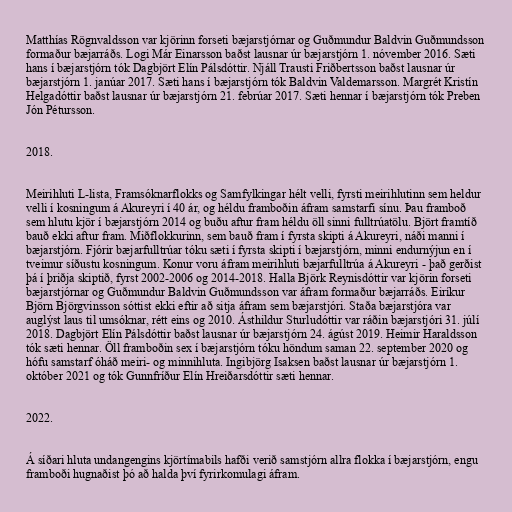
Matthías Rögnvaldsson var kjörinn forseti bæjarstjórnar og Guðmundur Baldvin Guðmundsson
formaður bæjarráðs. Logi Már Einarsson baðst lausnar úr bæjarstjórn 1. nóvember 2016. Sæti
hans í bæjarstjórn tók Dagbjört Elín Pálsdóttir. Njáll Trausti Friðbertsson baðst lausnar úr
bæjarstjórn 1. janúar 2017. Sæti hans í bæjarstjórn tók Baldvin Valdemarsson. Margrét Kristín
Helgadóttir baðst lausnar úr bæjarstjórn 21. febrúar 2017. Sæti hennar í bæjarstjórn tók Preben
Jón Pétursson.

2018.

Meirihluti L-lista, Framsóknarflokks og Samfylkingar hélt velli, fyrsti meirihlutinn sem heldur
velli í kosningum á Akureyri í 40 ár, og héldu framboðin áfram samstarfi sínu. Þau framboð
sem hlutu kjör í bæjarstjórn 2014 og buðu aftur fram héldu öll sinni fulltrúatölu. Björt framtíð
bauð ekki aftur fram. Miðflokkurinn, sem bauð fram í fyrsta skipti á Akureyri, náði manni í
bæjarstjórn. Fjórir bæjarfulltrúar tóku sæti í fyrsta skipti í bæjarstjórn, minni endurnýjun en í
tveimur síðustu kosningum. Konur voru áfram meirihluti bæjarfulltrúa á Akureyri - það gerðist
þá í þriðja skiptið, fyrst 2002-2006 og 2014-2018. Halla Björk Reynisdóttir var kjörin forseti
bæjarstjórnar og Guðmundur Baldvin Guðmundsson var áfram formaður bæjarráðs. Eiríkur
Björn Björgvinsson sóttist ekki eftir að sitja áfram sem bæjarstjóri. Staða bæjarstjóra var
auglýst laus til umsóknar, rétt eins og 2010. Ásthildur Sturludóttir var ráðin bæjarstjóri 31. júlí
2018. Dagbjört Elín Pálsdóttir baðst lausnar úr bæjarstjórn 24. ágúst 2019. Heimir Haraldsson
tók sæti hennar. Öll framboðin sex í bæjarstjórn tóku höndum saman 22. september 2020 og
hófu samstarf óháð meiri- og minnihluta. Ingibjörg Isaksen baðst lausnar úr bæjarstjórn 1.
október 2021 og tók Gunnfríður Elín Hreiðarsdóttir sæti hennar.

2022.

Á síðari hluta undangengins kjörtímabils hafði verið samstjórn allra flokka í bæjarstjórn, engu
framboði hugnaðist þó að halda því fyrirkomulagi áfram.